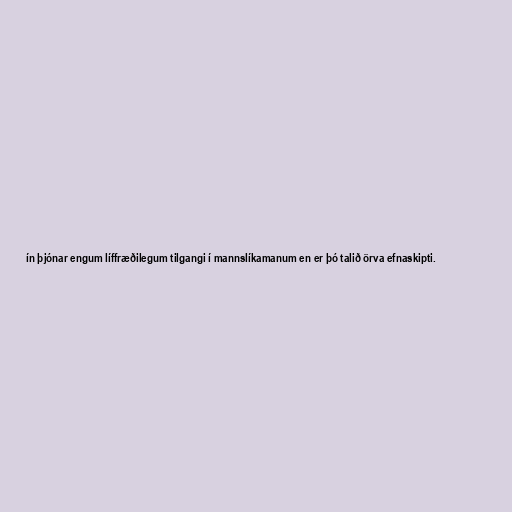
ín þjónar engum líffræðilegum tilgangi í mannslíkamanum en er þó talið örva efnaskipti.